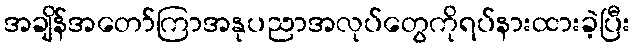
အချိန်အတော်ကြာအနုပညာအလုပ်တွေကိုရပ်နားထားခဲ့ပြီး